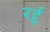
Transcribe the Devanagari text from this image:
रर्द्द